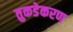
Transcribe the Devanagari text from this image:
तुकडेकरण